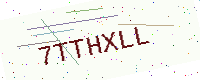
Text: 7TTHXLL